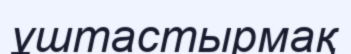
ұштастырмақ